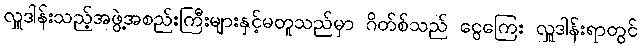
လှူဒါန်းသည့်အဖွဲ့အစည်းကြီးများနှင့်မတူသည်မှာ ဂိတ်စ်သည် ငွေကြေး လှူဒါန်းရာတွင်